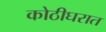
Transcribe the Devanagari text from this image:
कोठीघरात